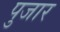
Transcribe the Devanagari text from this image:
पुजार